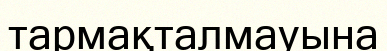
тармақталмауына